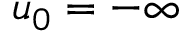
u _ { 0 } = - \infty